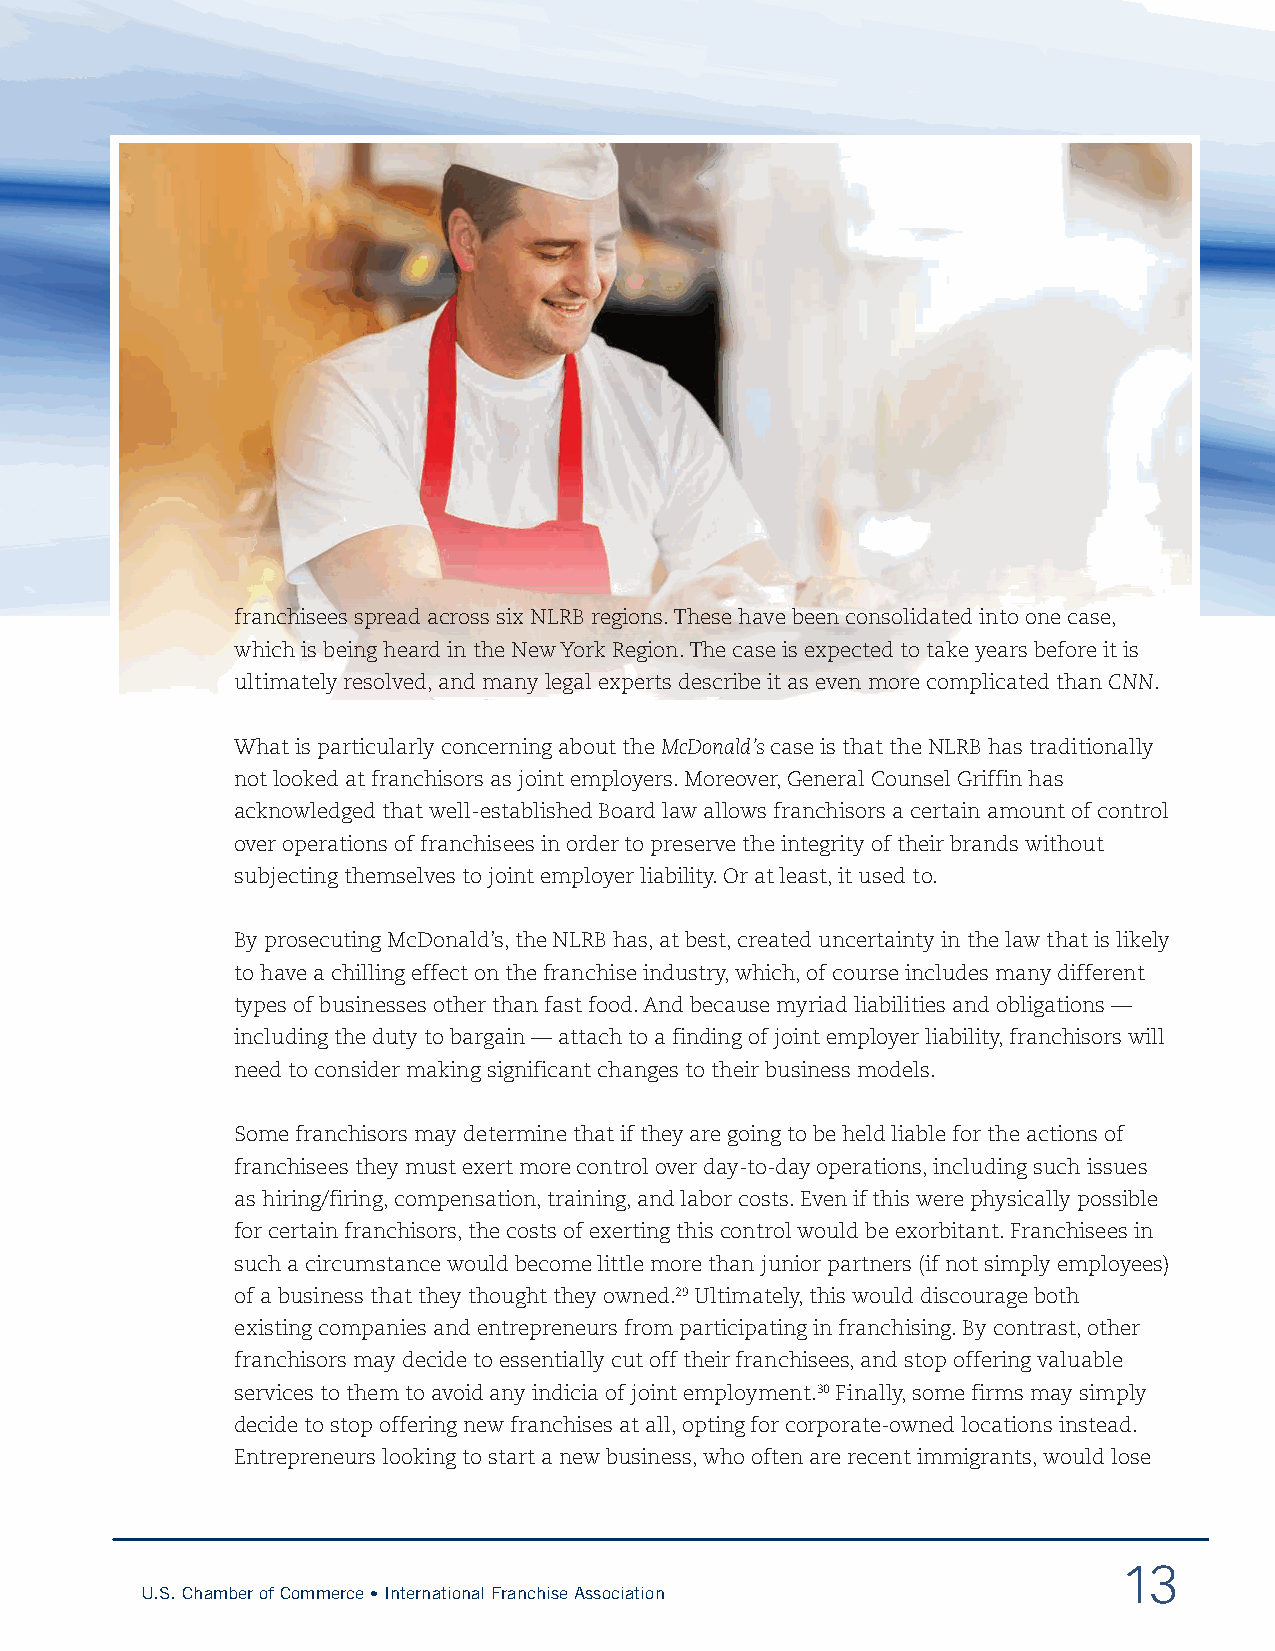
franchisees spread across six NLRB regions. These have been consolidated into one case,
 which is being heard in the New York Region. The case is expected to take years before it is
 ultimately resolved, and many legal experts describe it as even more complicated than CNN.
 What is particularly concerning about the McDonald’s case is that the NLRB has traditionally
 not looked at franchisors as joint employers. Moreover, General Counsel Griffin has
 acknowledged that well-established Board law allows franchisors a certain amount of control
 over operations of franchisees in order to preserve the integrity of their brands without
 subjecting themselves to joint employer liability. Or at least, it used to.
 By prosecuting McDonald’s, the NLRB has, at best, created uncertainty in the law that is likely
 to have a chilling effect on the franchise industry, which, of course includes many different
 types of businesses other than fast food. And because myriad liabilities and obligations —
 including the duty to bargain — attach to a finding of joint employer liability, franchisors will
 need to consider making significant changes to their business models.
 Some franchisors may determine that if they are going to be held liable for the actions of
 franchisees they must exert more control over day-to-day operations, including such issues
 as hiring/firing, compensation, training, and labor costs. Even if this were physically possible
 for certain franchisors, the costs of exerting this control would be exorbitant. Franchisees in
 such a circumstance would become little more than junior partners (if not simply employees)
 of a business that they thought they owned.29 Ultimately, this would discourage both
 existing companies and entrepreneurs from participating in franchising. By contrast, other
 franchisors may decide to essentially cut off their franchisees, and stop offering valuable
 services to them to avoid any indicia of joint employment.30 Finally, some firms may simply
 decide to stop offering new franchises at all, opting for corporate-owned locations instead.
 Entrepreneurs looking to start a new business, who often are recent immigrants, would lose
 13
 U.S. Chamber of Commerce • International Franchise Association